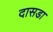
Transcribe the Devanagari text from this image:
दासडा